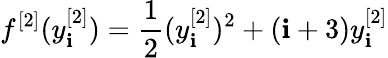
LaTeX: f^{[2]}(y_{\mathbf{i}}^{[2]})=\frac{{1}}{{2}}(y_{\mathbf{i}}^{[2]})^{2}+(\mathbf{i}+3)y_{\mathbf{i}}^{[2]}